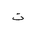
Letter: _ta